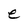
Character: e